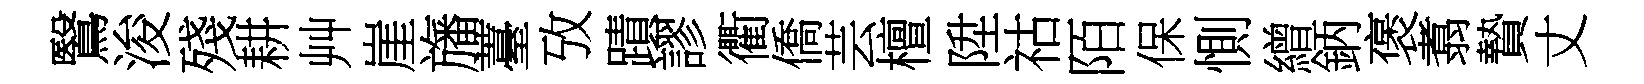
鷖浚殘耕艸崖旛薹攷蹟謬衢僑芸檀陞祜陌保惻繒鈵褒翥贄丈